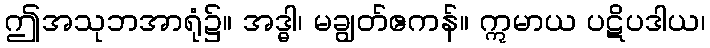
ဤအသုဘအာရုံ၌။ အဒ္ဓါ၊ မချွတ်ဧကန်။ ဣမာယ ပဋိပဒါယ၊